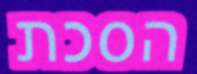
הסכת